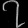
Digit: ၇